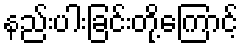
နည်းပါးခြင်းတို့ကြောင့်